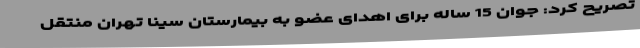
تصریح کرد: جوان 15 ساله برای اهدای عضو به بیمارستان سینا تهران منتقل